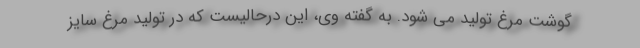
گوشت مرغ تولید می شود. به گفته وی، این درحالیست که در تولید مرغ سایز